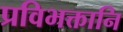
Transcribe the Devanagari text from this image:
प्रविभक्तानि